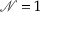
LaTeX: { \mathcal { N } } = 1